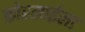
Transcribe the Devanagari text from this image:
कोरलाईला